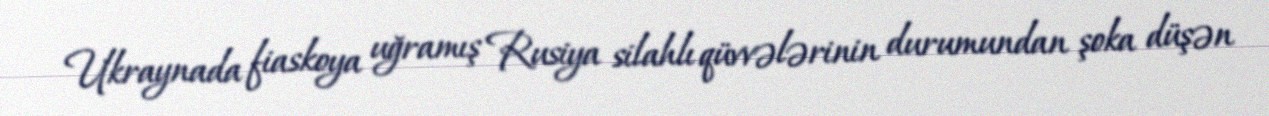
Ukraynada fiaskoya uğramış Rusiya silahlı qüvvələrinin durumundan şoka düşən